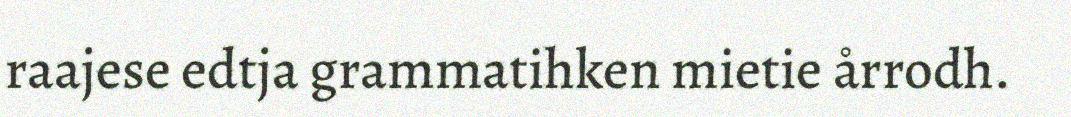
raajese edtja grammatihken mietie årrodh.